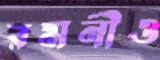
রমনীও